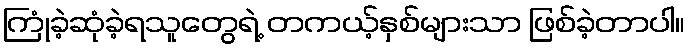
ကြုံခဲ့ဆုံခဲ့ရသူတွေရဲ့ တကယ့်နှစ်များသာ ဖြစ်ခဲ့တာပါ။